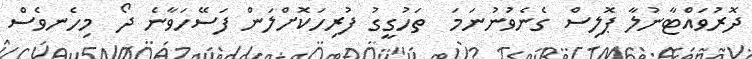
ދޮރުވައްޓާނުލާ ޕޮލިސް ގެނެވުނުނަމަ  ތަހުގީގު ފުރިހަކޮށްލަން ފަސޭހަވާނެ ދޯ  މިހެނވެސް